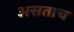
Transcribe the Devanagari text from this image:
असताच